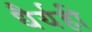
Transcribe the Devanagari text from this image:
धैर्यही